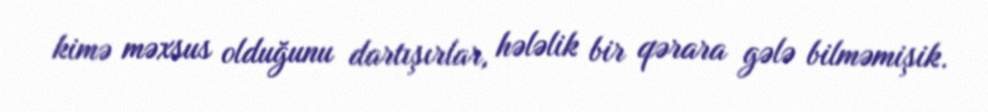
kimə məxsus olduğunu dartışırlar, hələlik bir qərara gələ bilməmişik.